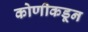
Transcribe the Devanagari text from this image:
कोणीकडून